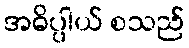
အဓိပ္ပါယ် စသည်